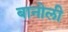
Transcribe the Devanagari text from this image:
बानोली